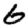
Digit: 6